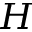
H